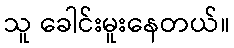
သူ ခေါင်းမူးနေတယ်။